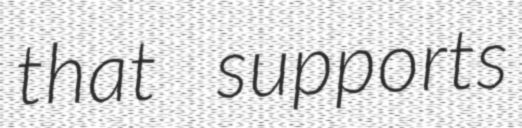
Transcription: that supports